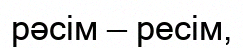
рәсім — ресім,